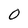
Character: O